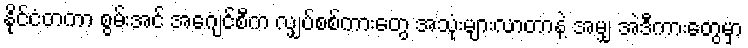
နိုင်ငံတကာ စွမ်းအင် အေဂျင်စီက လျှပ်စစ်ကားတွေ အသုံးများလာတာနဲ့ အမျှ အဲဒီကားတွေမှာ